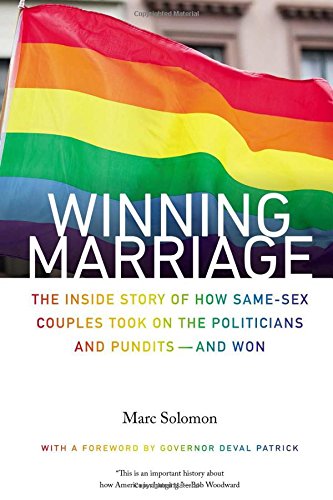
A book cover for Winning Marriage: The Inside Story of How Same-Sex Couples Took on the Politicians and Punditsand Won; Marc Solomon; Gay & Lesbian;